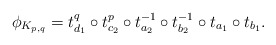
\begin{align*}\phi_{K_{p,q}} = t_{d_1}^q \circ t_{c_2}^p \circ t_{a_2}^{-1}\circ t_{b_2}^{-1} \circ t_{a_1} \circ t_{b_1}.\end{align*}